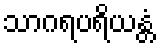
သာဂရပရိယန္တံ